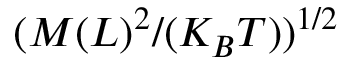
( M ( L ) ^ { 2 } / ( K _ { B } T ) ) ^ { 1 / 2 }